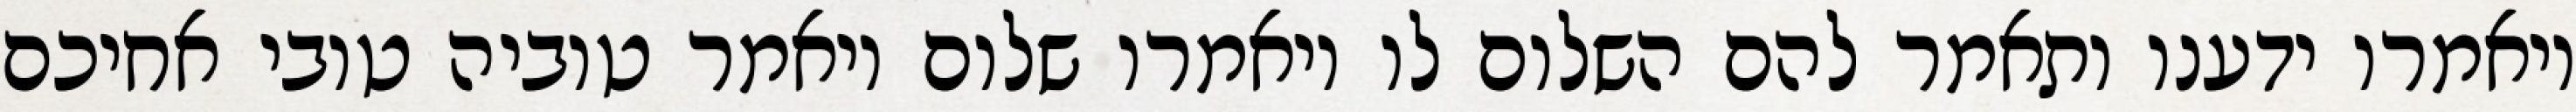
ויאמרו ידענו ותאמר להם השלום לו ויאמרו שלום ויאמר טוביה טובי אחיכם